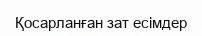
Қосарланған зат есімдер